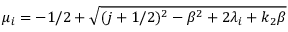
\mu _ { i } = - 1 / 2 + \sqrt { ( j + 1 / 2 ) ^ { 2 } - \beta ^ { 2 } + 2 \lambda _ { i } + k _ { 2 } \beta }